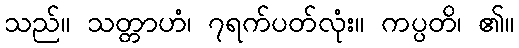
သည်။ သတ္တာဟံ၊ ၇ရက်ပတ်လုံး။ ကပ္ပတိ၊ ၏။